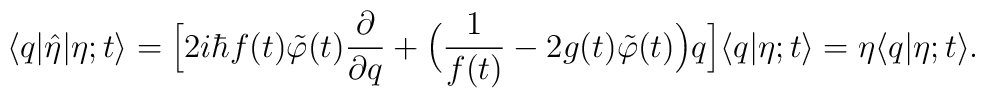
\bigl<q| \hat{\eta}|\eta;t\bigr>=\Bigl[2i\hbar f(t)\tilde{\varphi}(t) \frac{\partial}{\partial q}+\Bigl(\frac{1}{f(t)}-2g(t)\tilde{\varphi}(t)\Bigr)q\Bigr]\bigl<q|\eta;t\bigr>=\eta\bigl<q|\eta;t\bigr>.